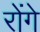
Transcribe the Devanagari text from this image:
रोंगे